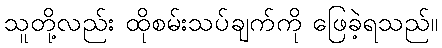
သူတို့လည်း ထိုစမ်းသပ်ချက်ကို ဖြေခဲ့ရသည်။